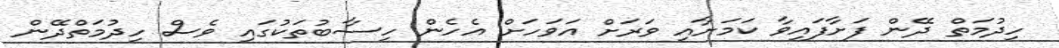
ހިދުމަތް ދޭން ފަށާފައިވާ ކަމަށާއި ވަރަށް އަވަހަށް އެހެން ހިސާބުތަކުގައި ވެސް ހިދުމަތްދޭން